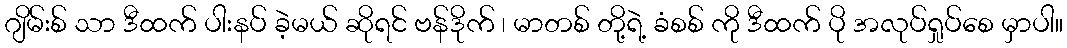
ဂျိမ်းစ် သာ ဒီထက် ပါးနပ် ခဲ့မယ် ဆိုရင် ဗန်ဒိုက် ၊ မာတစ် တို့ရဲ့ ခံစစ် ကို ဒီထက် ပို အလုပ်ရှုပ်စေ မှာပါ။